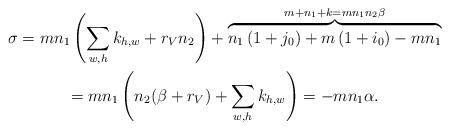
LaTeX: \begin{gather*}\sigma=m n_1\left(\sum_{w,h} k_{h,w}+r_V n_2\right)+\overbrace{n_1\left(1+j_0\right)+m\left(1+i_0\right)-m n_1}^{m +n_1+k=m n_1 n_2 \beta}\\=m n_1\left(n_2(\beta+r_V)+\sum_{w,h} k_{h,w}\right)=-m n_1\alpha.\end{gather*}